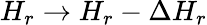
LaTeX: H_{r}\rightarrow H_{r}-\Delta H_{r}